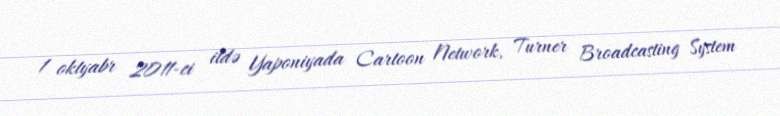
1 oktyabr 2011-ci ildə Yaponiyada Cartoon Network, Turner Broadcasting System